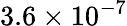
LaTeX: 3.6\times 10^{-7}